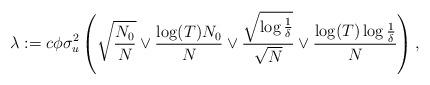
LaTeX: \begin{align*} \lambda := c\phi \sigma_u^2 \left( \sqrt{\frac{N_0}{N}} \vee \frac{\log(T)N_0}{N} \vee \frac{\sqrt{\log{\frac{1}{\delta}}}}{\sqrt{N }} \vee \frac{\log(T)\log{\frac{1}{\delta}}}{N} \right), \end{align*}